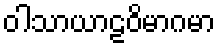
ဝါသာယာဠဝိမာဂမာ